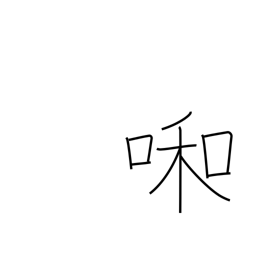
Meaning: weeping child